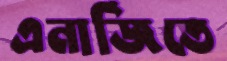
এনার্জিতে